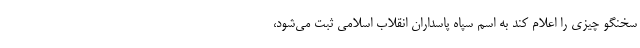
سخنگو چیزی را اعلام کند به اسم سپاه پاسداران انقلاب اسلامی ثبت می‌شود،